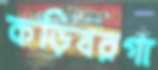
কড়িবরগা